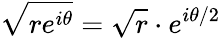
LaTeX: {\sqrt{re^{i\theta}}}={\sqrt{r}}\cdot e^{i\theta/2}